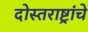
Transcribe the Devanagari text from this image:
दोस्तराष्ट्रांचे